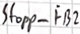
Text: Stopp_FB2